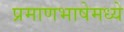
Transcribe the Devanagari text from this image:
प्रमाणभाषेमध्ये